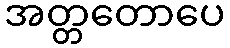
အတ္တတောပေ